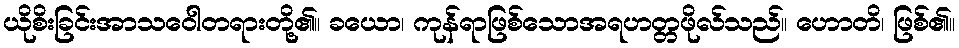
ယိုစိးခြင်းအာသဝေါတရားတို့၏။ ခယော၊ ကုန်ရာဖြစ်သောအရဟတ္တဖိုလ်သည်။ ဟောတိ၊ ဖြစ်၏။